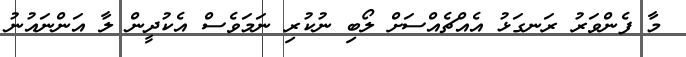
މާ ފެންވަރު ރަނގަޅު އެއްޗެއްސަށް ލޯބި ނުކުރި ނަމަވެސް އެކުދީން ލާ އަންނައުނު